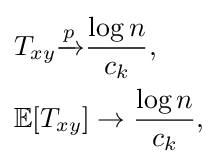
{\begin{aligned}&T_{xy}{\xrightarrow {p}}{\frac {\log n}{c_{k}}},\\&\mathbb {E} [T_{xy}]\to {\frac {\log n}{c_{k}}},\end{aligned}}